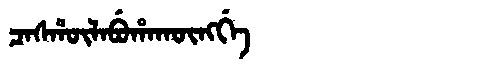
Manchu: ᠴᠠᠰᡥᡡᠯᠠᠪᡠᡥᠠᡴᡡᠩᡤᡝ
Romanization: CASHŪLABUHAKŪNGGE